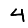
Digit: 4